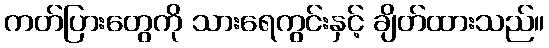
ကတ်ပြားတွေကို သားရေကွင်းနှင့် ချိတ်ထားသည်။